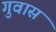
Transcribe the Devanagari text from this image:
गुवास